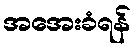
အအေးခံရန်